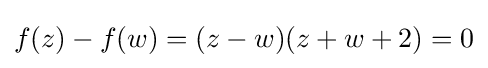
f(z)-f(w)=(z-w)(z+w+2)=0